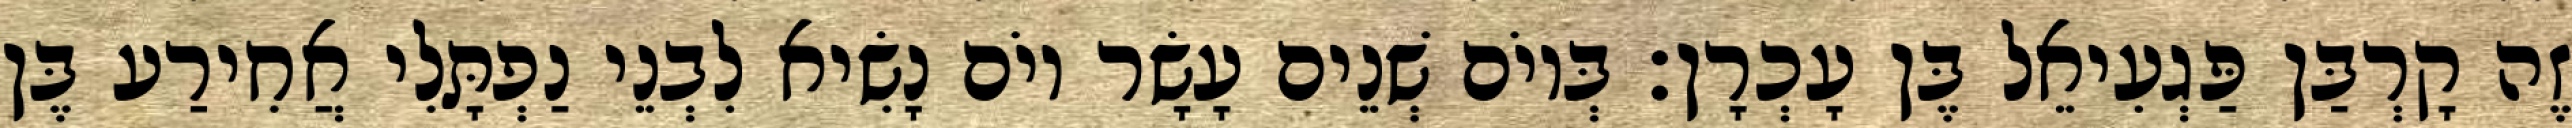
זֶה קָרְבַּן פַּגְעִיאֵל בֶּן עָכְרָן׃ בְּיוֹם שְׁנֵים עָשָׂר יוֹם נָשִׂיא לִבְנֵי נַפְתָּלִי אֲחִירַע בֶּן